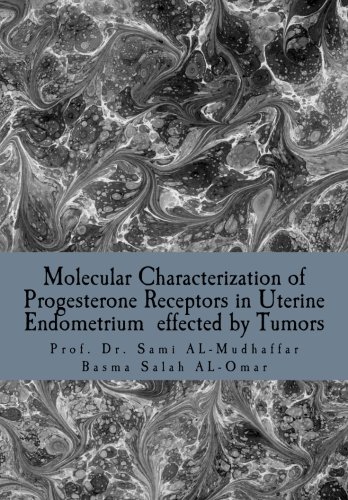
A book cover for Molecular Characterization of Progesterone Receptors in Uterine Endometrium  effected by Tumors: Progesterone in Uterine Tumors; Prof Sami A. AL-Mudhaffar DR.; Science & Math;